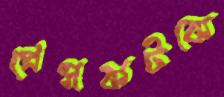
প্রেসকটকে